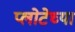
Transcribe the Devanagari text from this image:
प्लोटेच्या